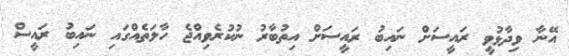
އޭނާ ވިދާޅުވީ ރައީސަށް ނައިބު ރައީސަށް އިތުބާރު ނުކުރެވިއްޖެ ހާލަތެއްގައި ނައިބު ރައީސް